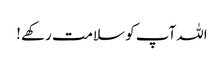
اللہ آپ کو سلامت رکھے !